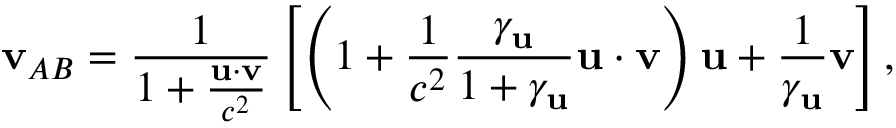
\mathbf { v } _ { A B } = { \frac { 1 } { 1 + { \frac { \mathbf { u } \cdot \mathbf { v } } { c ^ { 2 } } } } } \left[ \left( 1 + { \frac { 1 } { c ^ { 2 } } } { \frac { \gamma _ { \mathbf { u } } } { 1 + \gamma _ { \mathbf { u } } } } \mathbf { u } \cdot \mathbf { v } \right) \mathbf { u } + { \frac { 1 } { \gamma _ { \mathbf { u } } } } \mathbf { v } \right] ,